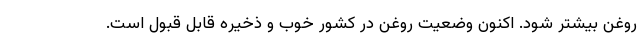
روغن بیشتر شود. اکنون وضعیت روغن در کشور خوب و ذخیره قابل قبول است.